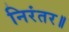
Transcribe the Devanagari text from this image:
निरंतर॥